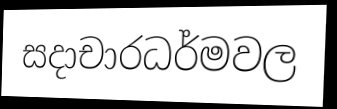
සදාචාරධර්මවල